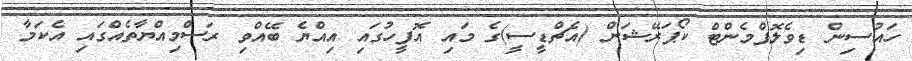
ހައުސިން ޑިވެލޮޕްމެންޓް ކޯޕަރޭޝަން (އެޗްޑީސީ)ގެ މައި އޮފީހުގައި އިއްޔެ ބޭއްވި ރަސްމިއްޔާތެއްގައި އެކަމާ